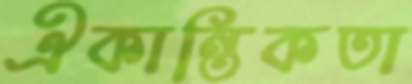
ঐকান্তিকতা